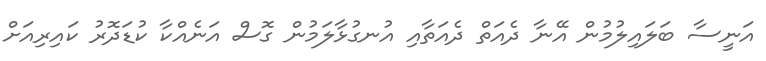
އަނީސާ ބަލައިލުމުން އޭނާ ދެއަތް ދެއަތާއި އުނގުޅާލަމުން ގޮސް އަނެއްކާ ކުޑަދޮރު ކައިރިއަށް